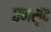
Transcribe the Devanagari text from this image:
एजसूट